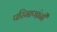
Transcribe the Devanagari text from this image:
परिमाणांनी